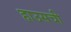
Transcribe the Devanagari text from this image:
हाउसची